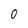
Character: 0